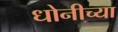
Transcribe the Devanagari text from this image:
धोनीच्या